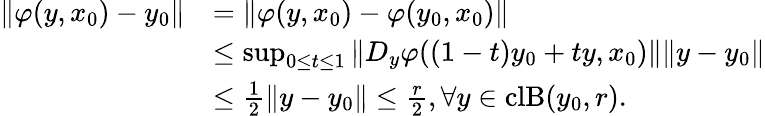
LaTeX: \begin{array}{rl}{\Vert\varphi(y,x_{0})-y_{0}\Vert}&{=\Vert\varphi(y,x_{0})-\varphi(y_{0},x_{0})\Vert}\\ &{\leq\operatorname*{sup}_{0\leq t\leq 1}\Vert D_{y}\varphi((1-t)y_{0}+ty,x_{0})\Vert\Vert y-y_{0}\Vert}\\ &{\leq\frac{1}{2}\Vert y-y_{0}\Vert\leq\frac{r}{2},\forall y\in\mathrm{cl}\mathrm{B}(y_{0},r).}\end{array}